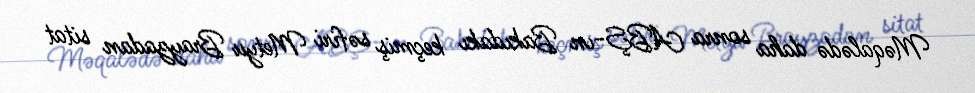
Məqalədə daha sonra ABŞ-ın Bakıdakı keçmiş səfiri Metyu Brayzadan sitat